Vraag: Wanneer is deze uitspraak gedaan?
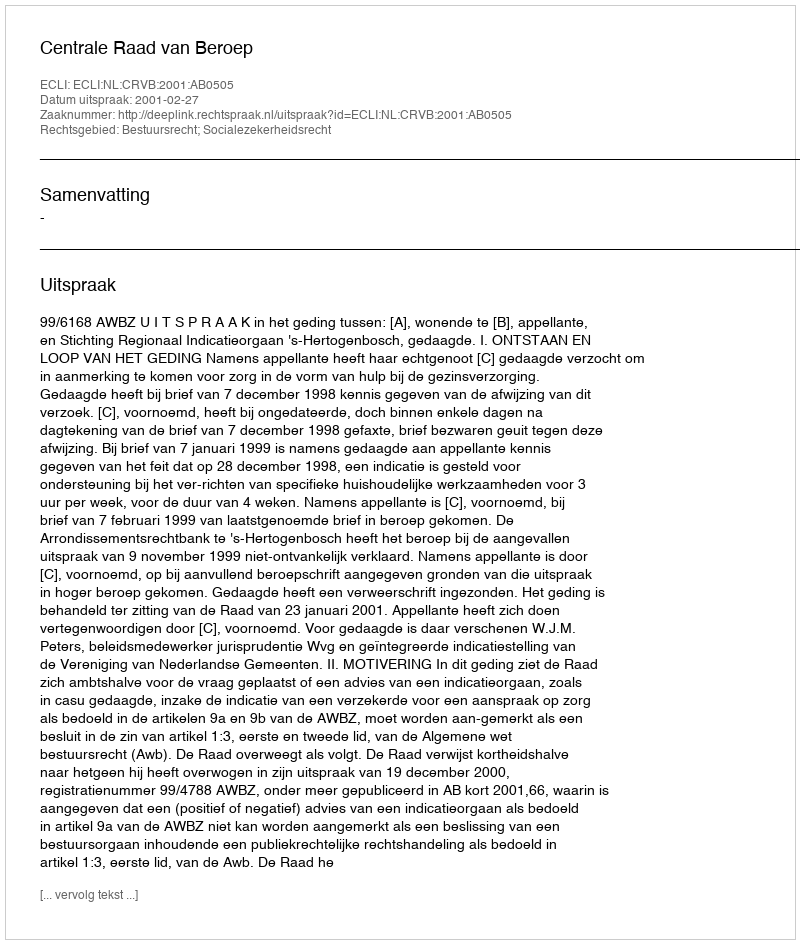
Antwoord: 2001-02-27